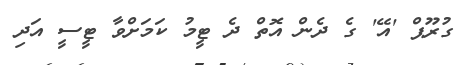
ގުރޫޕް 'އޭ' ގެ ދެން އޮތް ދެ ޓީމު ކަމަށްވާ ޓީސީ އަދި